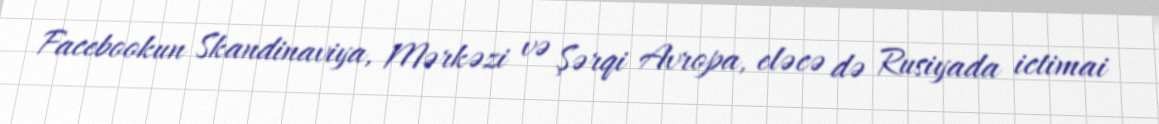
Facebookun Skandinaviya, Mərkəzi və Şərqi Avropa, eləcə də Rusiyada ictimai